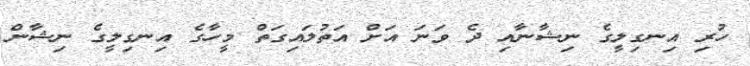
ހުރި އިނގިލީގެ ނިޝާނާއި ދެ ވަނަ އަށް އަތުލައިގަތް މީހާގެ އިނގިލީގެ ނިޝާން